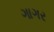
ગાગર